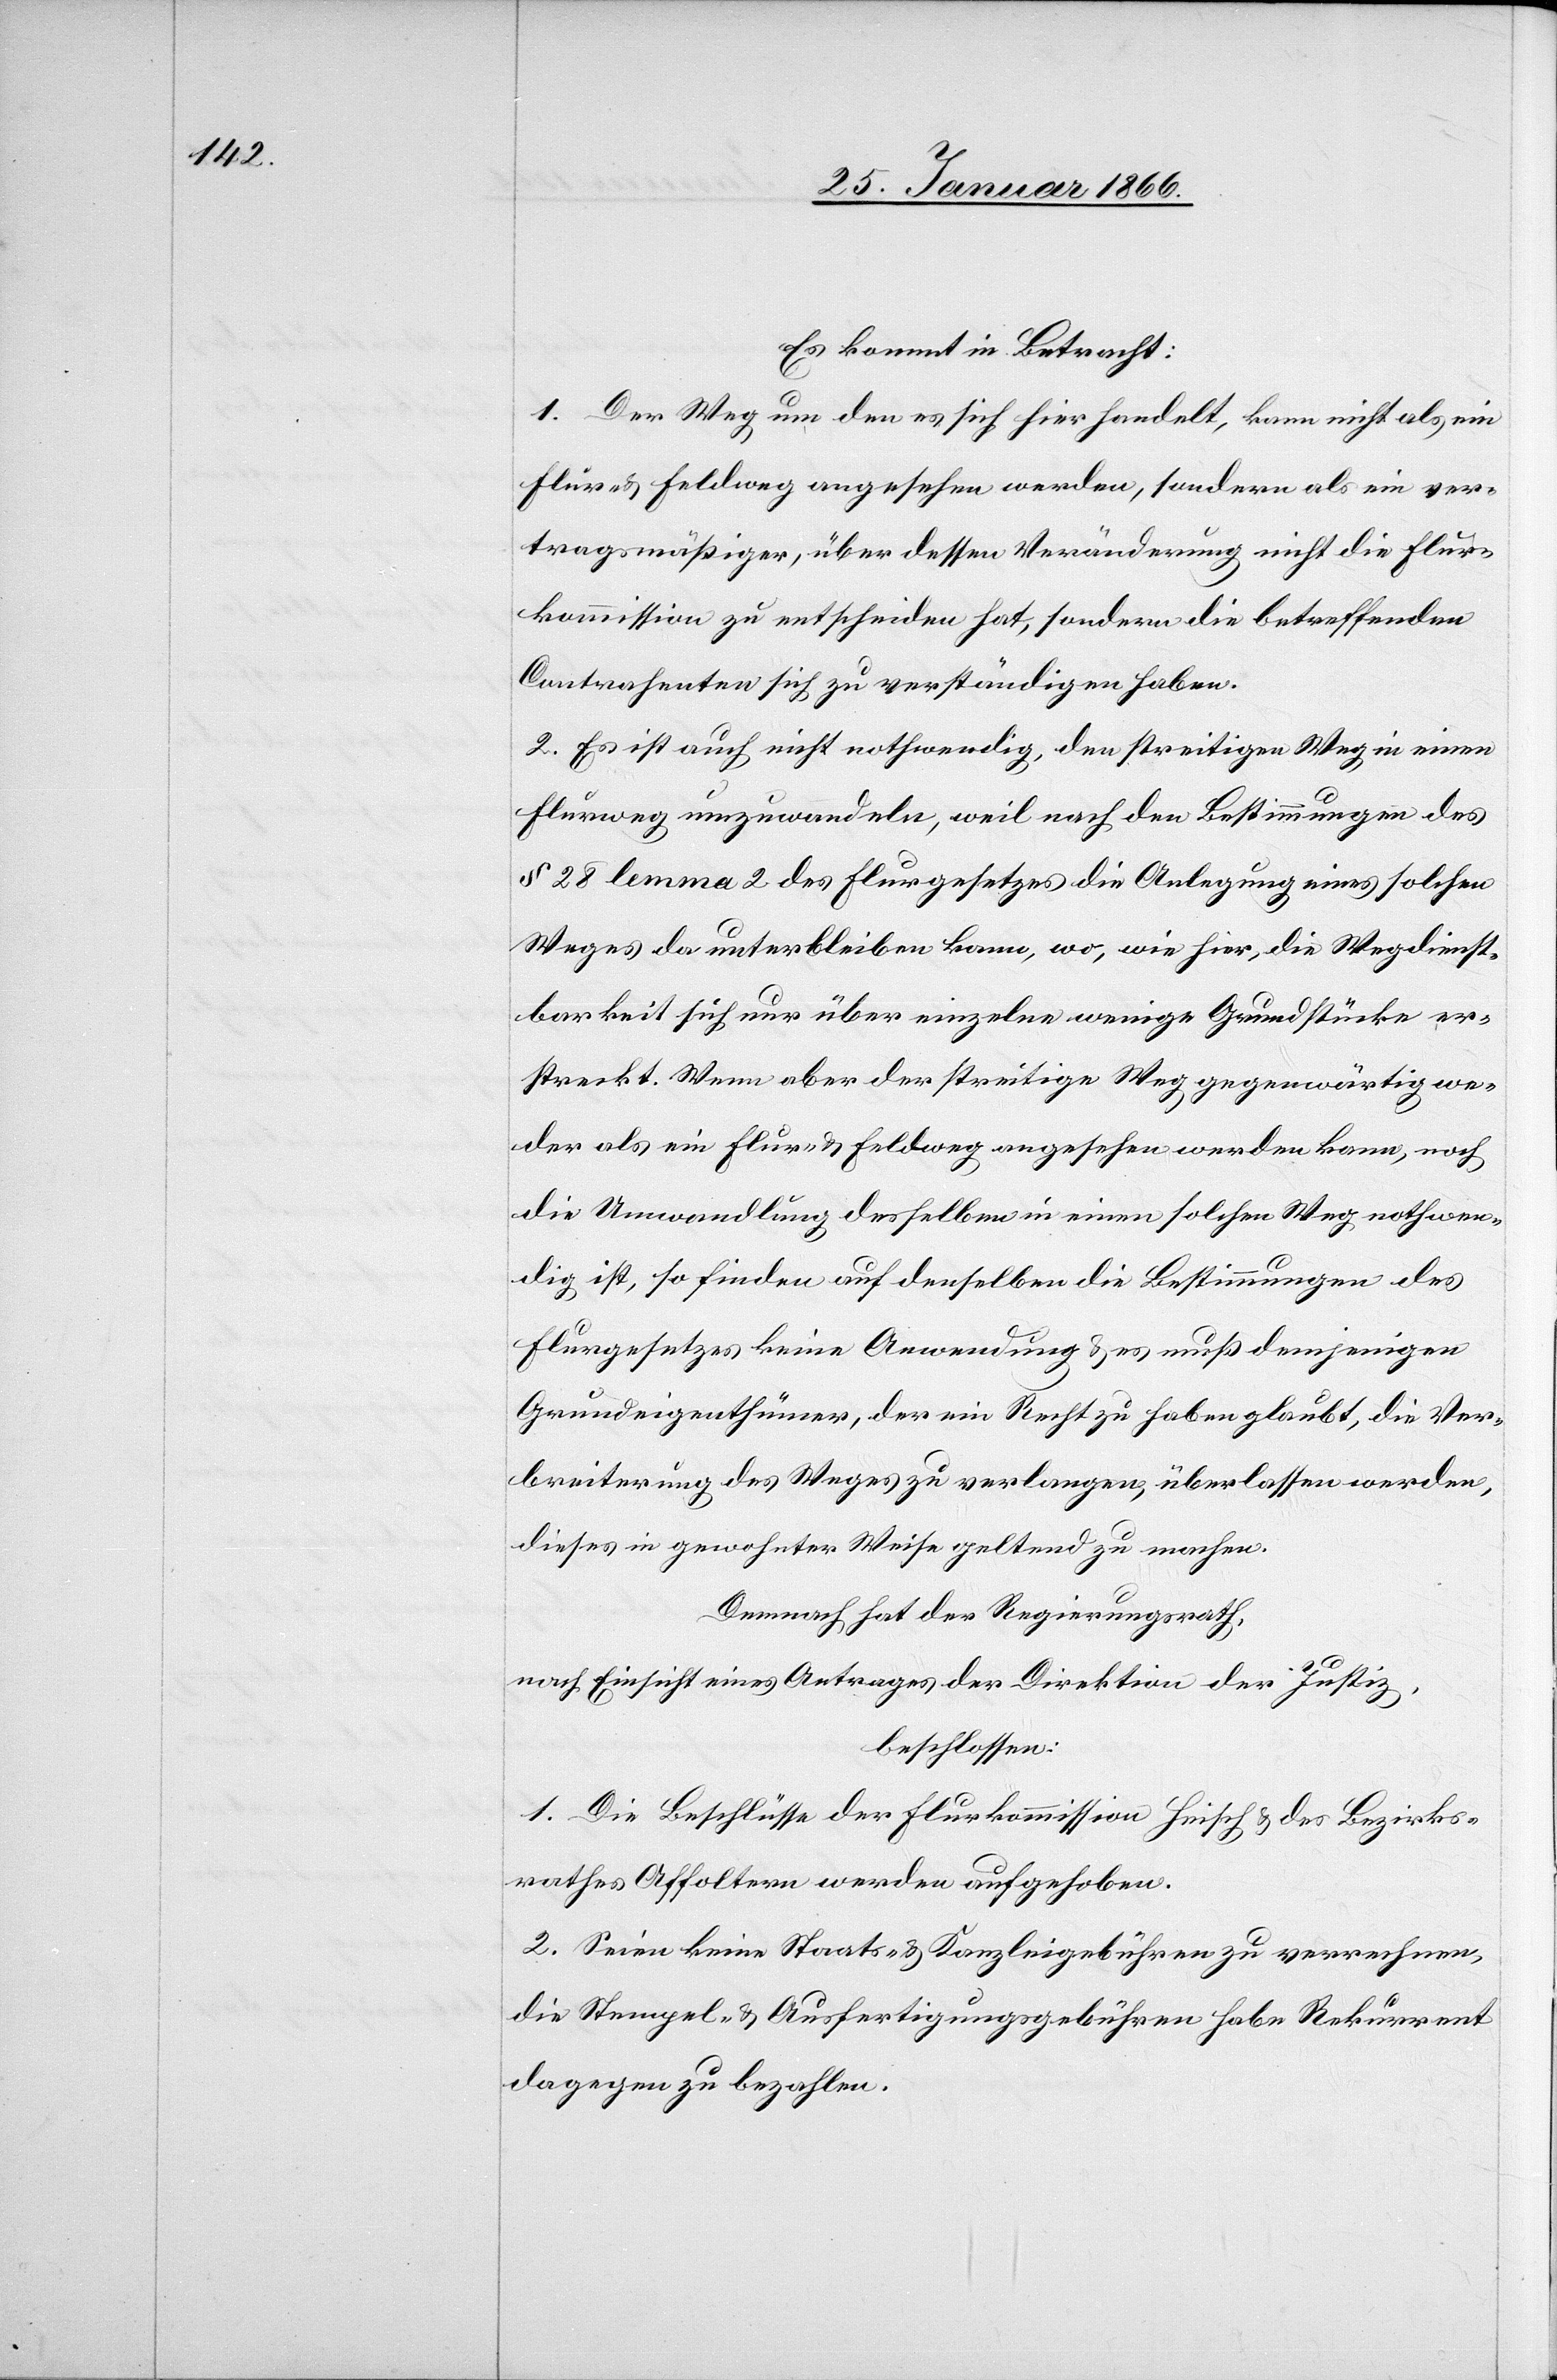
Es kommt in Betracht:
1. Der Weg, um den es sich hier handelt, kann nicht als ein
Flur- u. Feldweg angesehen werden, sondern als ein ver¬
tragsmäßiger, über dessen Veränderung nicht die Flur¬
kommission zu entscheiden hat, sondern die betreffenden
Contrahenten sich zu verständigen haben.
2. Es ist auch nicht nothwendig, den streitigen Weg in einen
Flurweg umzuwandeln, weil nach den Bestimmungen des
§ 28 Lemma 2 des Flurgesetzes die Anlegung eines solchen
Weges da unterbleiben kann, wo, wie hier, die Wegdienst¬
barkeit sich nur über einzelne wenige Grundstücke er¬
streckt. Wenn aber der streitige Weg gegenwärtig we¬
der als ein Flur- u. Feldweg angesehen werden kann, noch
die Umwandlung desselben in einen solchen Weg nothwen¬
dig ist, so finden auf denselben die Bestimmungen des
Flurgesetzes keine Anwendung u. es muß demjenigen
Grundeigenthümer, der ein Recht zu haben glaubt, die Ver¬
breiterung des Weges zu verlangen, überlassen werden,
dieses in gewohnter Weise geltend zu machen.
Demnach hat der Regierungsrath,
nach Einsicht eines Antrages der Direktion der Justiz,
beschlossen:
1. Die Beschlüsse der Flurkommission Heisch u. des Bezirks¬
rathes Affoltern werden aufgehoben.
2. Seien keine Staats- u. Kanzleigebühren zu verrechnen,
die Stempel- u. Ausfertigungsgebühren habe Rekurrent
dagegen zu bezahlen.